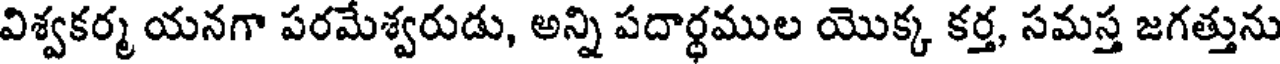
విశ్వకర్మ యనగా పరమేశ్వరుడు, అన్ని పదార్థముల యొక్క కర్త, సమస్త జగత్తును